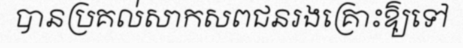
បានប្រគល់សាកសពជនរងគ្រោះឱ្យទៅ